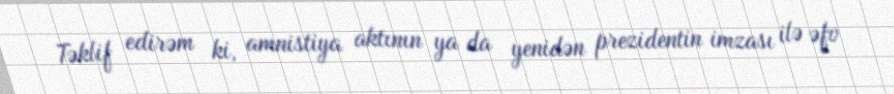
Təklif edirəm ki, amnistiya aktının ya da yenidən prezidentin imzası ilə əfv